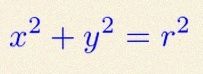
x^2+y^2=r^2